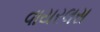
વાયરલસ